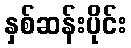
နှစ်ဆန်းပိုင်း